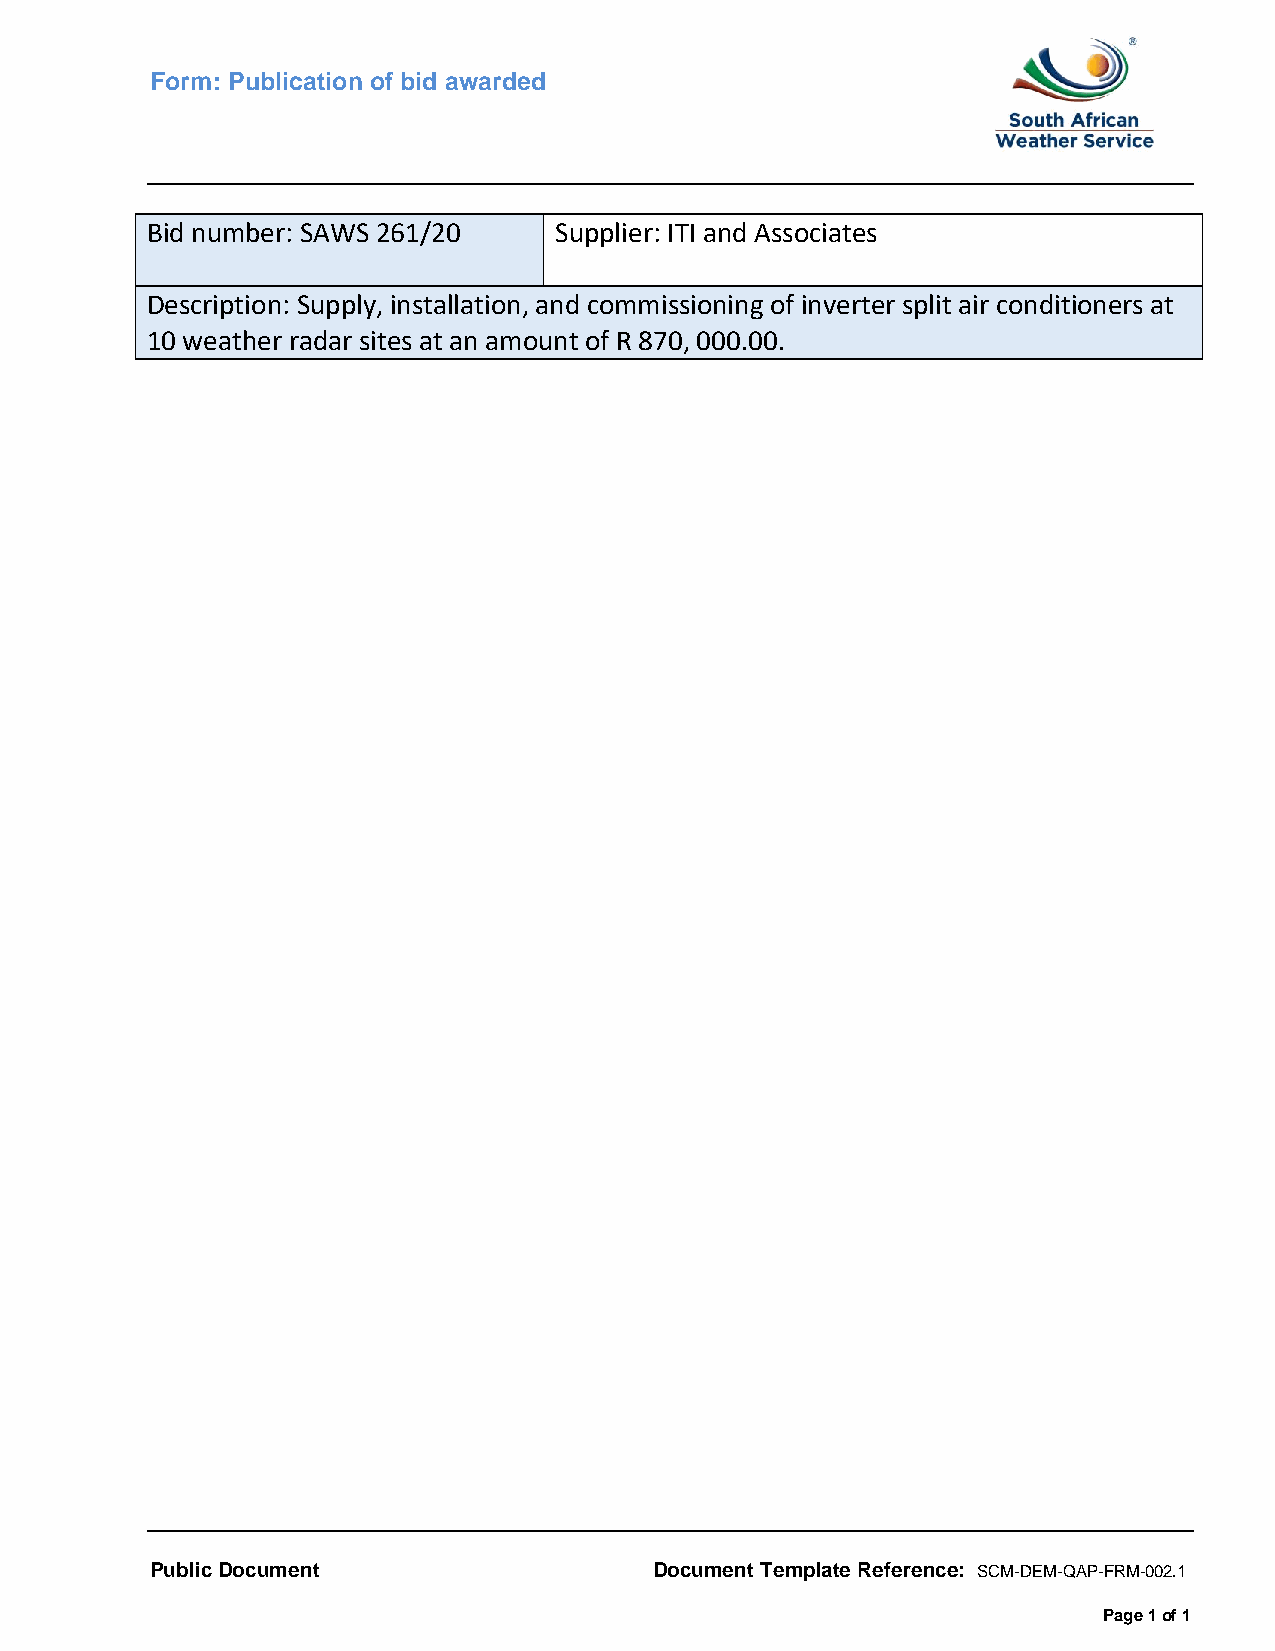
Form: Publication of bid awarded
 Bid number: SAWS 261/20    Supplier: ITI and Associates
 Description: Supply, installation, and commissioning of inverter split air conditioners at
 10 weather radar sites at an amount of R 870, 000.00.
 Public Document                  Document Template Reference: SCM-DEM-QAP-FRM-002.1
 Page 1 of 1